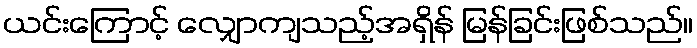
ယင်းကြောင့် လျှောကျသည့်အရှိန် မြန်ခြင်းဖြစ်သည်။